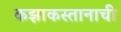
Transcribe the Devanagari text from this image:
कझाकस्तानाची